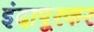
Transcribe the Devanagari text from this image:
इंदापूरकर